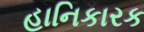
હાનિકારક